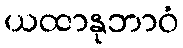
ယထာနုဘာဝံ